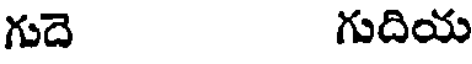
గుదె గుదియ